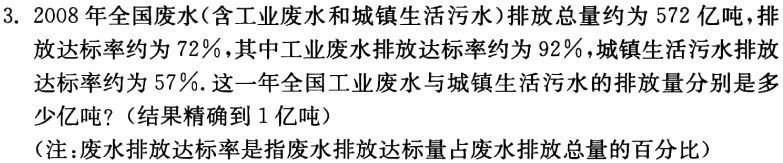
3. 2008 年全国废水(含工业废水和城镇生活污水)排放总量约为 572 亿吨，排放达标率约为 72%，其中工业废水排放达标率约为 92%，城镇生活污水排放达标率约为 57%. 这一年全国工业废水与城镇生活污水的排放量分别是多少亿吨？(结果精确到 1 亿吨）
(注：废水排放达标率是指废水排放达标量占废水排放总量的百分比）